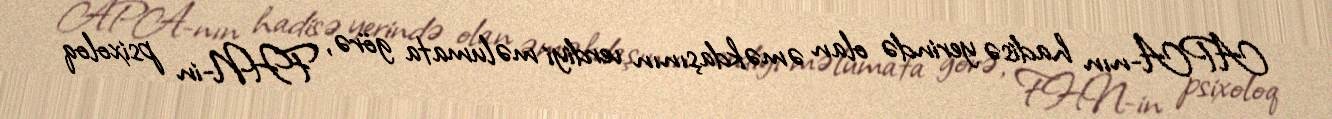
APA-nın hadisə yerində olan əməkdaşının verdiyi məlumata görə, FHN-in psixoloq